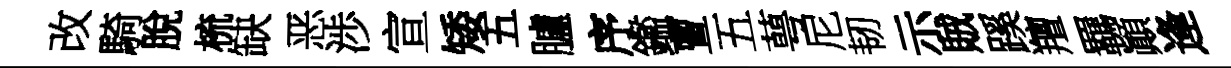
改騎脫梳缺恶渉宣矮五臚序鑑亶五萼尼韧示賊蹊羶羈顚逢